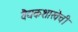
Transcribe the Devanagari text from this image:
वैद्यकशाखेची